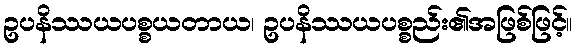
ဥပနိဿယပစ္စယတာယ၊ ဥပနိဿယပစ္စည်း၏အဖြစ်ဖြင့်။